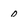
Character: O